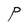
Character: P